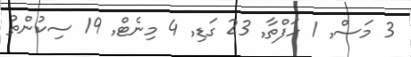
3 މަސް